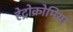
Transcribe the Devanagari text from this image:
हेट्रोक्रोमिया